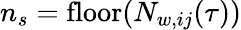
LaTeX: n_{s}=\mathrm{floor}(N_{w,ij}(\tau))